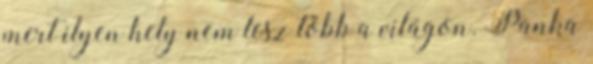
mert ilyen hely nem lesz több a világon. Panka